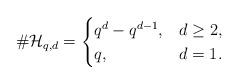
LaTeX: \begin{align*} \# \mathcal H_{q,d} = \begin{cases} q^d-q^{d-1}, &d \geq 2,\\ q, &d=1. \end{cases} \end{align*}